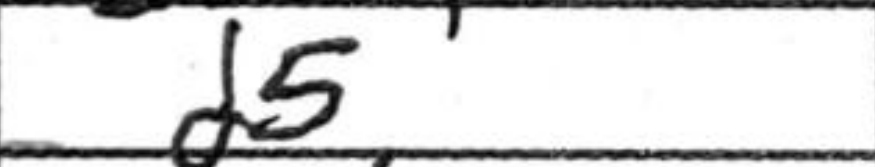
Transcription: d5